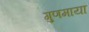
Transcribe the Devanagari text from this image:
गुणमाया